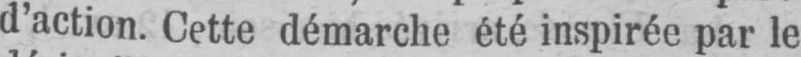
d’action. Cette démarche été inspirée par le